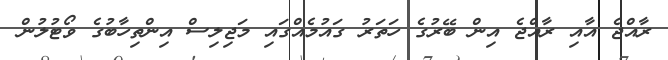
ރާއްޖެ އާއި ރާއްޖެ އިން ބޭރުގެ ހަތަރު ގައުމެއްގައި މަޖިލިސް އިންތިހާބުގެ ވޯޓުލުން